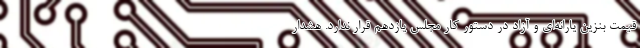
قیمت بنزین یارانه‌ای و آزاد در دستور کار مجلس یازدهم قرار ندارد. هشدار